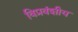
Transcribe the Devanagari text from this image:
विप्रवंशीय